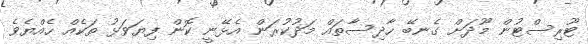
ޓޫރިސްޓުން މޫދަށް ގެނބޭ ހާދިސާތައް މަދުކުރަން އެޅޭނީ ކޮން ފިޔަވަޅު ތަކެއް ހެއްޔެވެ